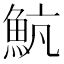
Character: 𩶞